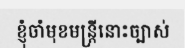
ខ្ញុំចាំមុខមន្ត្រីនោះច្បាស់